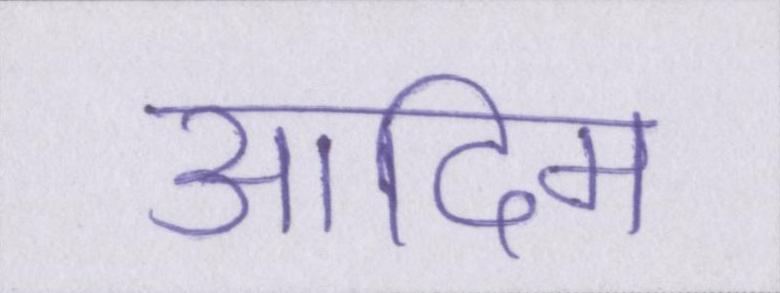
आदिम